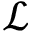
\mathcal { L }